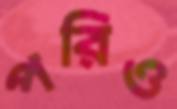
পরিও